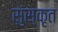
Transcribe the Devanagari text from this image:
सुंस्कृत